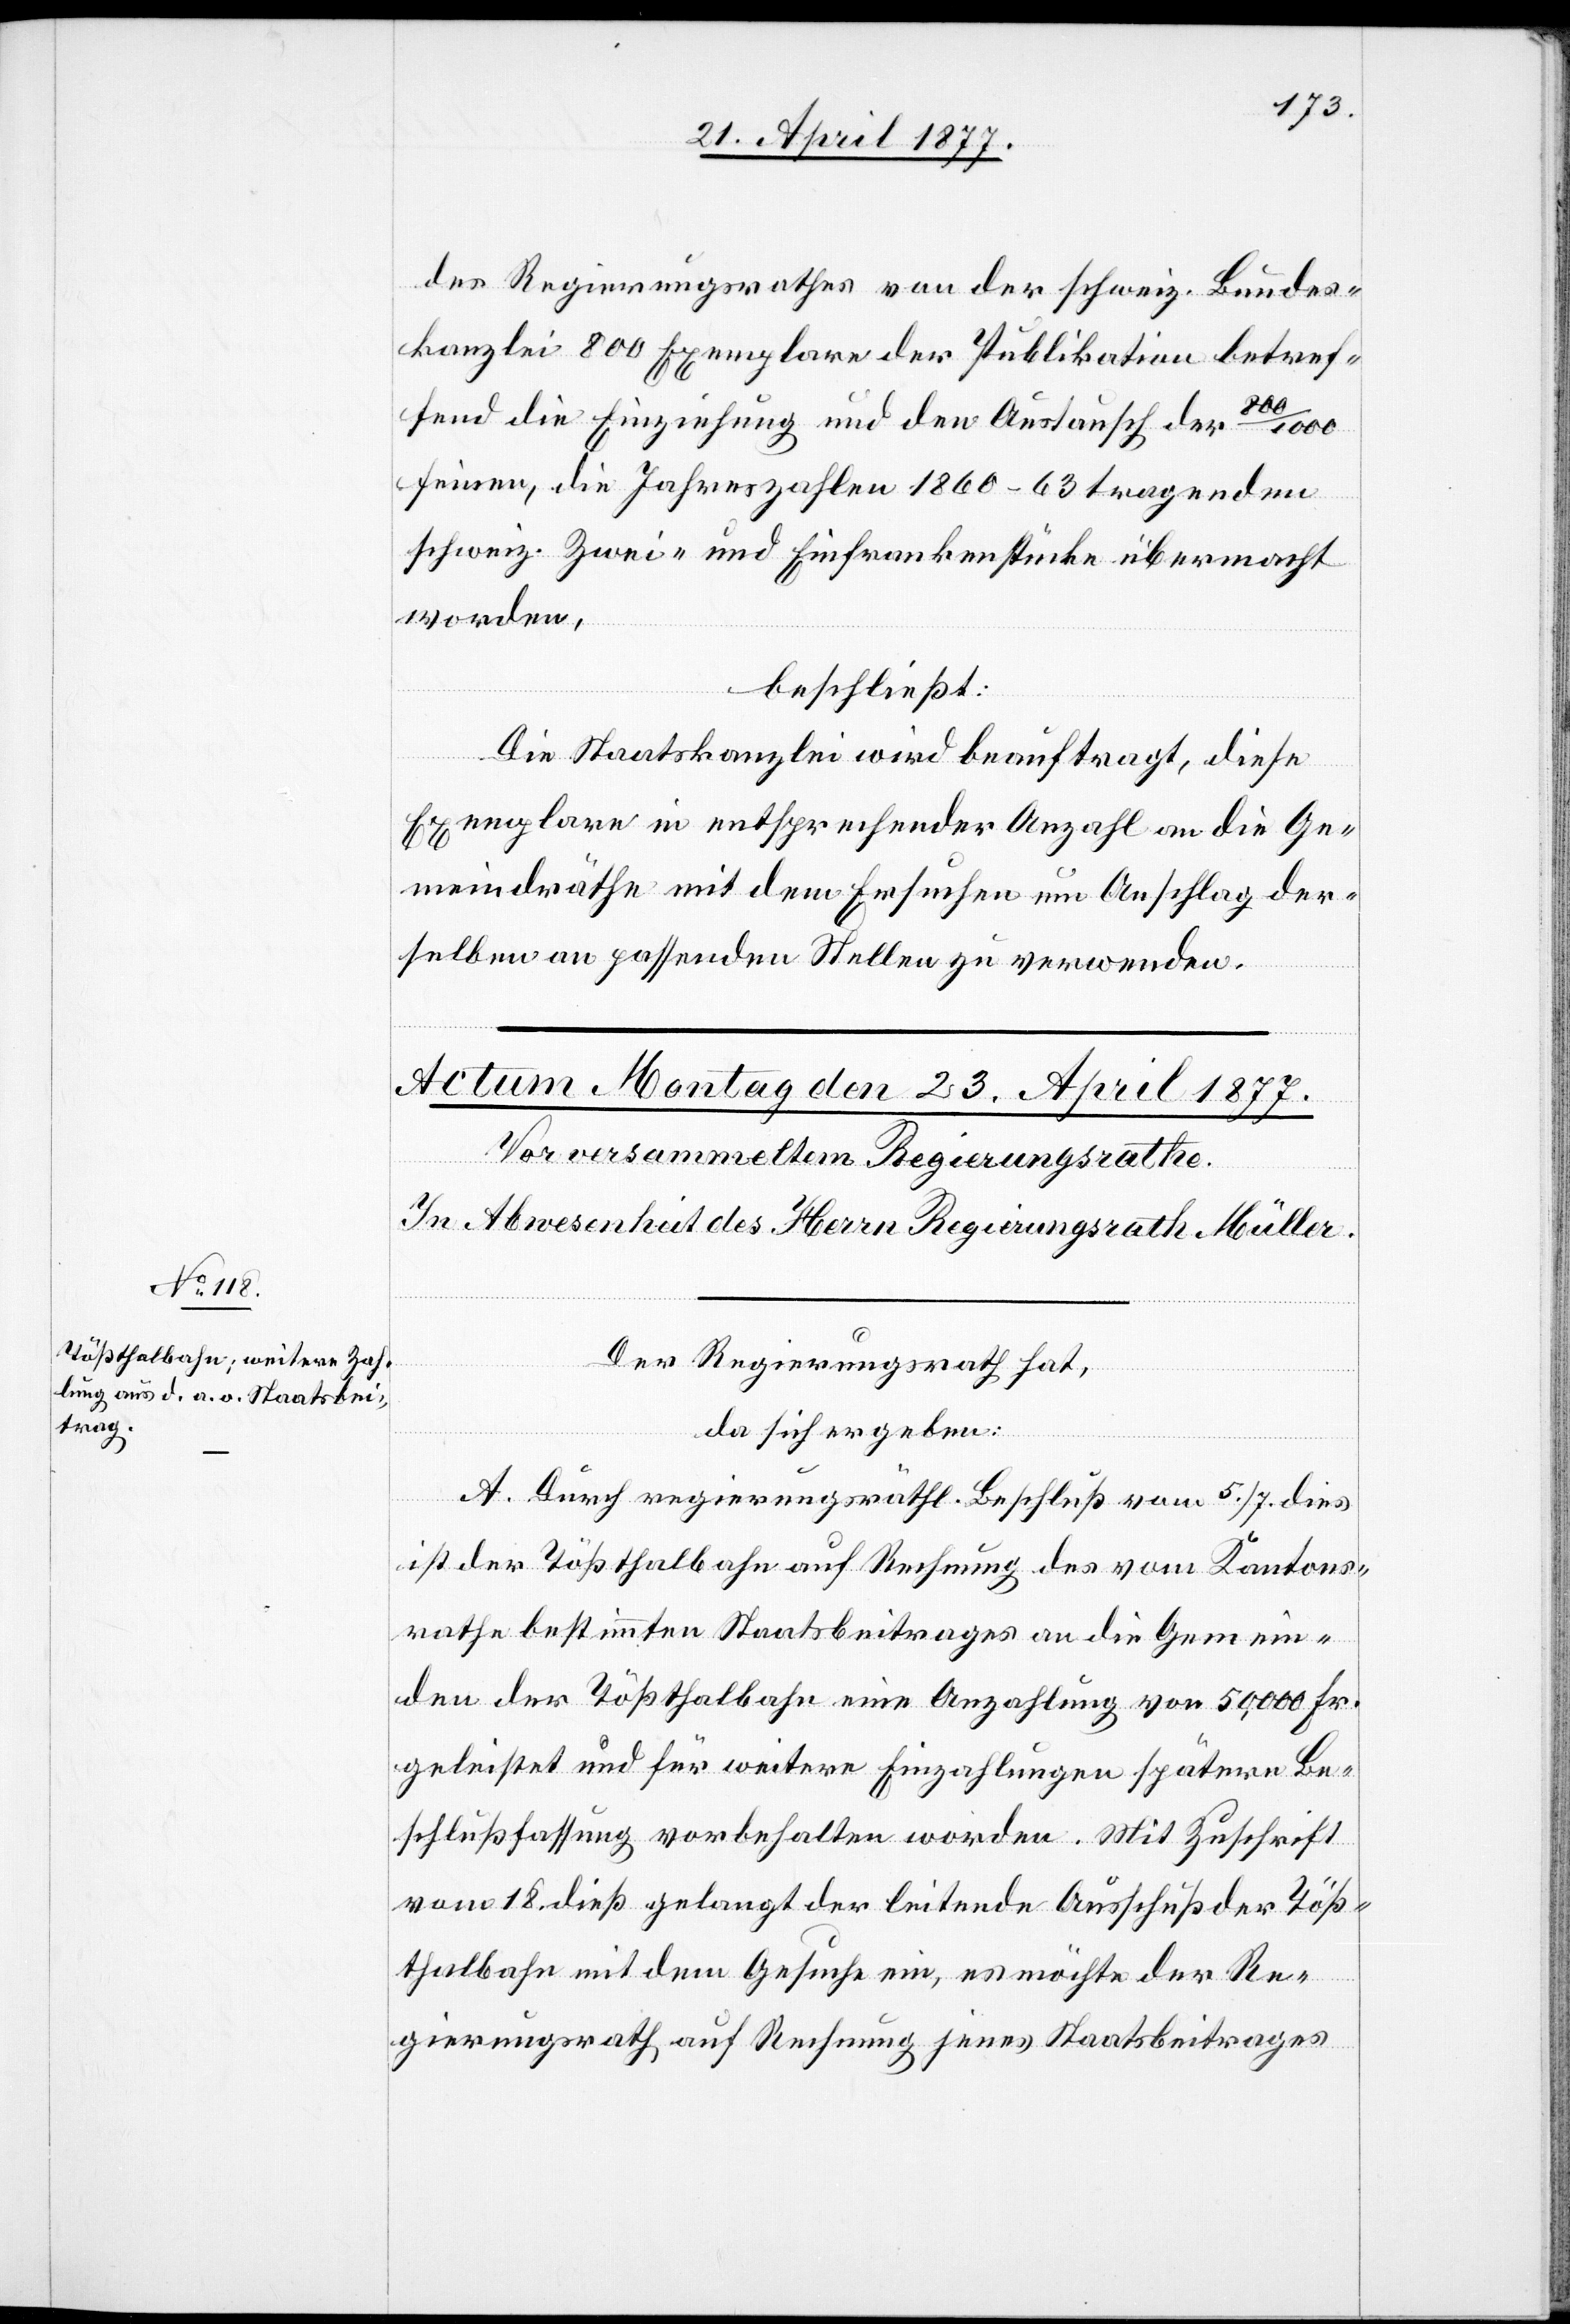
des Regierungsrathes von der schweiz. Bundes¬
kanzlei 800 Exemplare der Publikation betref¬
fend die Einziehung und den Austausch der 800/1000
feinen, die Jahreszahlen 1860–63 tragenden
schweiz. Zwei- und Einfrankenstücke übermacht
worden,
beschließt:
Die Staatskanzlei wird beauftragt, diese
Exemplare in entsprechender Anzahl an die Ge¬
meindräthe mit dem Ersuchen um Anschlag der¬
selben an passenden Stellen zu verwenden.
Der Regierungsrath hat,
da sich ergeben:
A. Durch regierungsräthl. Beschluß vom 5./7. dies
ist der Tößthalbahn auf Rechnung des vom Kantons¬
rathe bestimmten Staatsbeitrages an die Gemein¬
den der Tößthalbahn eine Anzahlung von 50,000 Fr.
geleistet und für weitere Einzahlungen spätere Be¬
schlußfassung vorbehalten worden. Mit Zuschrift
vom 18. dieß gelangt der leitende Ausschuß der Töß¬
thalbahn mit dem Gesuche ein, es möchte der Re¬
gierungsrath auf Rechnung jenes Staatsbeitrages